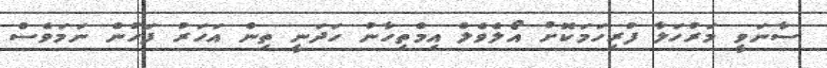
ސާނަވީ މަރުހަލާ ފުރިހަމަކޮށް އޯލެވެލް އިމްތިހާނު ހަދަނީ ތިން އަހަރު ފަހުން ނަމަވެސް